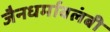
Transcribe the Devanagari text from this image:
जैनधर्मावलंबी